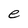
Character: e